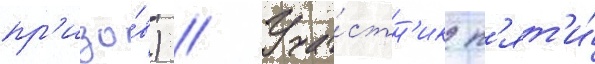
пр'изо́в) // Уча́стн'ик п'ят'и́